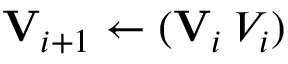
\mathbf { V } _ { i + 1 } \leftarrow ( \mathbf { V } _ { i } \: V _ { i } )